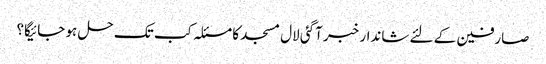
صارفین کے لئے شاندار خبر آگئی لال مسجد کا مسئلہ کب تک حل ہو جائیگا؟